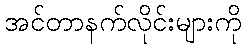
အင်တာနက်လိုင်းများကို